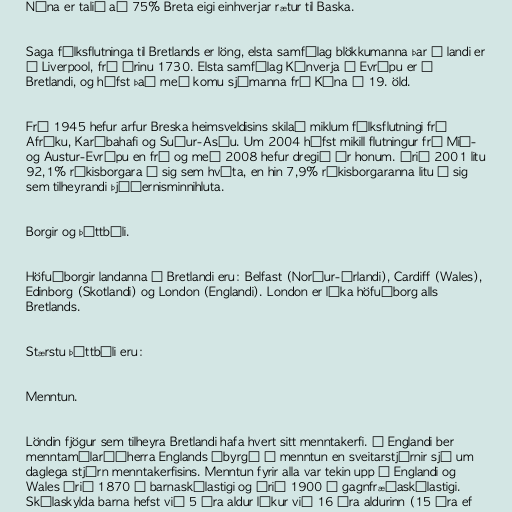
Núna er talið að 75% Breta eigi einhverjar rætur til Baska.

Saga fólksflutninga til Bretlands er löng, elsta samfélag blökkumanna þar í landi er
í Liverpool, frá árinu 1730. Elsta samfélag Kínverja í Evrópu er í
Bretlandi, og hófst það með komu sjómanna frá Kína á 19. öld.

Frá 1945 hefur arfur Breska heimsveldisins skilað miklum fólksflutningi frá
Afríku, Karíbahafi og Suður-Asíu. Um 2004 hófst mikill flutningur frá Mið-
og Austur-Evrópu en frá og með 2008 hefur dregið úr honum. Árið 2001 litu
92,1% ríkisborgara á sig sem hvíta, en hin 7,9% ríkisborgaranna litu á sig
sem tilheyrandi þjóðernisminnihluta.

Borgir og þéttbýli.

Höfuðborgir landanna á Bretlandi eru: Belfast (Norður-Írlandi), Cardiff (Wales),
Edinborg (Skotlandi) og London (Englandi). London er líka höfuðborg alls
Bretlands.

Stærstu þéttbýli eru:

Menntun.

Löndin fjögur sem tilheyra Bretlandi hafa hvert sitt menntakerfi. Á Englandi ber
menntamálaráðherra Englands ábyrgð á menntun en sveitarstjórnir sjá um
daglega stjórn menntakerfisins. Menntun fyrir alla var tekin upp í Englandi og
Wales árið 1870 á barnaskólastigi og árið 1900 á gagnfræðaskólastigi.
Skólaskylda barna hefst við 5 ára aldur lýkur við 16 ára aldurinn (15 ára ef